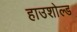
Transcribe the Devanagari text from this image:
हाउशोल्ड